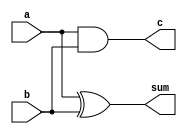
`timescale 1ns / 1ps

module half_add(sum,c,a,b);
	output sum,c;
	input a,b;
	
	xor(sum,a,b);
	and(c,a,b);


endmodule